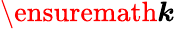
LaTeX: \ensuremath{\boldsymbol{k}}